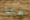
هكذا